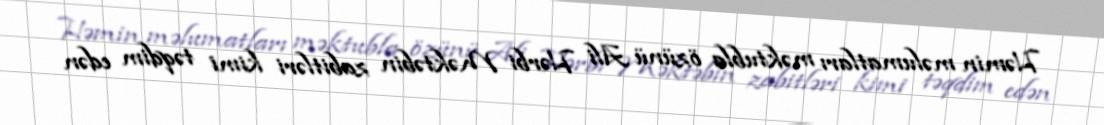
Həmin məlumatları məktubla özünü Ali Hərbi Məktəbin zabitləri kimi təqdim edən